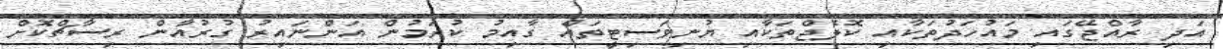
އަދި ރާއްޖޭގައި މައުހަދުތަކާއި ކޮލެޖްތަކާއި ޔުނިވަސިޓީތައް ގާއިމު ކުރަމުން އަންނައިރު ގުރުއާން ރިސާޗްކޮށް